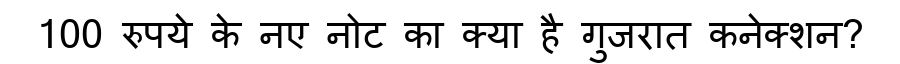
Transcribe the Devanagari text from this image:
100 रुपये के नए नोट का क्या है गुजरात कनेक्शन?